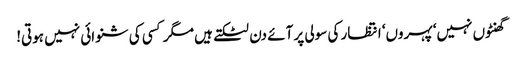
گھنٹوں نہیں‘ پہروں‘ انتظار کی سولی پر آئے دن لٹکتے ہیں مگر کسی کی شنوائی نہیں ہوتی!